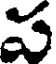
ప